Annual report on the working of the mental hospitals in the Madras Presidency - 1912-1932
Year: 1912
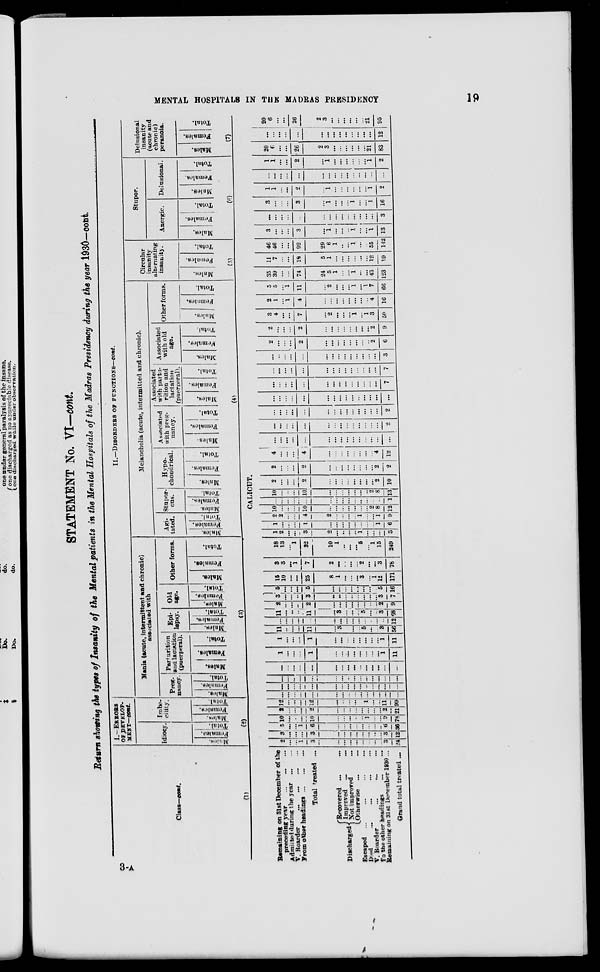
MENTAL HOSPITALS IN THE MADRAS PRESIDENCY
19
STATEMENT No. VI—cont.
Return showing the types of Insanity of the Mental patients in the Mental Hospitals of the Madras Presidency during the year 1930—cont.
Class—cont.
(1)
Remaining on 31st December of the
preceding year ... ... ...
Admitted during the year ... ...
V. Boarder ... ... ... ...
From other headings ... ... ...
Total treated ...
Discharged
Recovered ... ...
Improved ... ...
Not improved ...
Otherwise ... ...
Escaped ... ... ... ...
Died
...
...
...
...
V. Boarder ... ... ...
To the other headings
...
...
Remaining on 31st December 1930 ...
Grand total treated ...
I.—ERRORS
OF DEVELOP-
MENT—cont.
Idiocy.
Males.
Females.
Total.
Imbe-
cility.
Males.
Females.
Total.
II.—DISORDERS OF FUNCTIONS—cont.
Mania (acute, intermittent and chronic)
associated with
Preg-
nancy.
Males..
(2)
Females.
Total.
Parturition
and lactation
(puerperal).
Males.
Females.
Total.
Epi-
lepsy.
Males.
Females.
Total.
Old
age.
Males.
Females.
Total.
Other forms.
Males.
Females.
Total.
(3)
Melancholia (acute, intermitted and chronic).
Agi-
tated.
Males.
Females.
Total.
Stupor-
cus.
Males.
Females.
Total.
Hypo-
chondrical.
Males.
Females.
Total.
Associated
with preg-
nancy.
Males.
Females.
Total.
Associated
with partu-
rition and
lactation
(puerperal).
Males.
Females.
Total.
Associated
with old
age.
Males.
Females.
Total.
Other forms.
Males.
Females.
Total.
(4)
Circular
insanity
alternating
insanity.
Males.
Females.
Total.
(5)
Stupor.
Anergic.
Males.
Females.
Total.
Delusional.
Males.
Females.
Total.
(6)
Delusional
insanity
(acute and
chronic)
peranoia.
Males.
Females.
Total.
(7)
CALICUT.
2
...
...
1
3
...
...
...
...
...
...
...
...
3
24
3
...
...
...
3
...
...
...
...
...
...
...
...
3
12
5
...
...
1
6
...
...
...
...
...
...
...
...
6
36
10
...
...
...
10
...
...
...
...
...
1
...
...
9
78
2
...
...
...
2
...
...
...
...
...
...
...
...
2
21
12
...
...
...
12
...
...
...
...
...
1
...
...
11
99
...
...
...
...
...
...
...
...
...
...
...
...
...
...
...
...
...
..
...
...
...
...
...
...
...
..
...
...
...
...
...
...
...
...
...
...
...
...
...
...
...
...
...
...
...
...
...
...
...
...
...
...
...
...
...
...
...
...
...
...
1
...
...
...
1
...
...
...
...
...
...
...
...
1
11
1
....
...
...
1
...
...
...
...
...
...
...
...
1
11
11
...
...
...
11
...
3
...
...
...
5
...
...
3
56
...
...
...
...
...
...
...
...
...
...
...
...
...
...
12
11
...
...
...
11
...
3
...
...
...
5
...
...
3
68
2
...
...
...
2
...
...
...
...
...
...
...
...
2
9
3
...
...
...
3
...
...
...
...
...
...
...
...
3
7
5
...
...
...
5
...
...
...
...
...
...
...
...
5
16
15
10
...
...
25
8
1
...
...
...
3
...
1
12
171
3
3
...
1
7
2
...
...
...
...
2
...
...
3
78
18
13
...
1
32
10
1
...
...
... 5
... 1
15
249
1
2
...
...
3
2
...
...
...
..
1
...
...
...
3
1
...
...
...
1
...
...
...
...
...
...
...
...
1
6
2
2
...
...
4
2
...
...
...
...
1
...
...
1
9
10
...
...
...
10
...
...
...
...
...
...
...
2
8
12
...
...
...
...
...
...
...
...
...
...
...
...
...
...
1
10
...
...
...
10
...
...
...
...
...
...
...
2
8
13
2
...
...
...
2
...
...
...
...
...
...
...
...
2
10
2
...
...
...
2
...
...
...
...
...
...
...
...
2
2
4
...
...
...
4
...
...
...
...
...
...
...
...
4
12
...
...
...
...
...
...
...
...
...
...
...
...
...
...
...
...
...
...
...
...
...
...
...
...
...
...
...
...
...
2
...
...
...
...
...
...
...
...
...
...
...
...
...
...
2
...
...
...
...
...
...
...
...
...
...
...
...
...
...
...
...
...
...
...
...
...
...
...
...
...
...
...
...
...
7
...
...
...
...
...
...
...
...
...
...
...
...
...
...
7
...
...
...
...
...
...
...
...
...
...
...
...
...
...
3
2
...
...
...
2
...
...
...
...
...
...
...
...
2
6
2
...
...
...
2
...
...
...
...
...
...
...
...
2
9
3
4
...
...
7
...
2
...
...
...
1
...
1
3
50
2
1
...
1
4
...
...
...
...
...
...
...
...
4
16
5
5
...
1
11
...
2
...
...
...
1
...
1
7
66
35
39
...
...
74
24
5
1
...
...
1
...
...
43
123
11
7
...
...
18
5
1
...
...
...
...
...
...
12
19
46
46
...
...
92
29
6
1
...
...
1
...
...
55
142
3
...
...
...
3
...
1
...
...
...
1
...
...
1
13
...
...
...
...
...
...
...
...
...
...
...
...
...
...
3
3
...
...
...
3
...
1
...
...
...
1
...
...
1
16
1
1
...
...
2
...
1
...
...
...
...
...
...
1
2
. . .
...
...
...
...
...
...
...
...
...
...
...
...
...
...
1
1
...
...
2
...
1
...
...
...
...
...
...
1
2
20
6
...
...
26
2
3
...
...
...
...
...
...
21
83
...
...
...
...
...
...
...
...
...
...
...
...
...
...
12
20
6
...
...
26
2
3
...
...
...
...
...
...
21
95
3-A